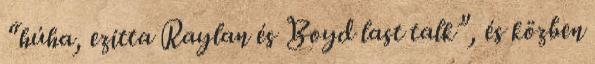
“húha, ezitta Raylan és Boyd last talk”, és közben